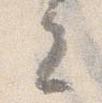
去